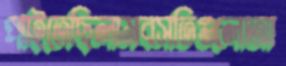
পাইতেছিলামবসতিগুলোআ